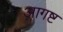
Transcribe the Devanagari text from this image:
आगष्ट